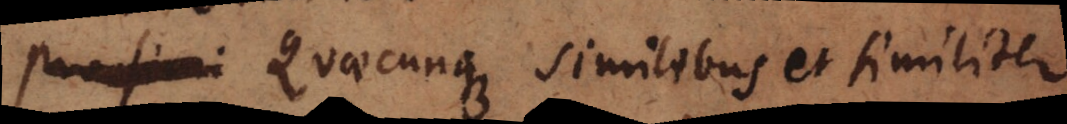
Quaecunque similibus et similiter